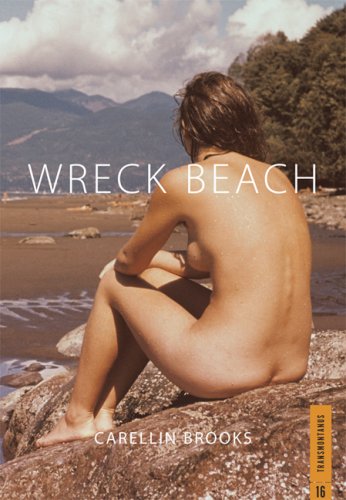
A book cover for Wreck Beach (Transmontanus); Carellin Brooks; Travel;